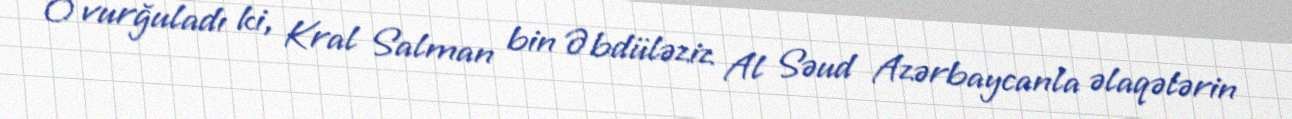
O vurğuladı ki, Kral Salman bin Əbdüləziz Al Səud Azərbaycanla əlaqələrin